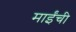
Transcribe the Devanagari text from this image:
माईंची